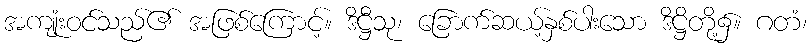
အကျုံးဝင်သည်၏ အဖြစ်ကြောင့်။ ဒိဋ္ဌီသု၊ ခြောက်ဆယ့်နှစ်ပါးသော ဒိဋ္ဌိတို့၌။ ဂတံ၊